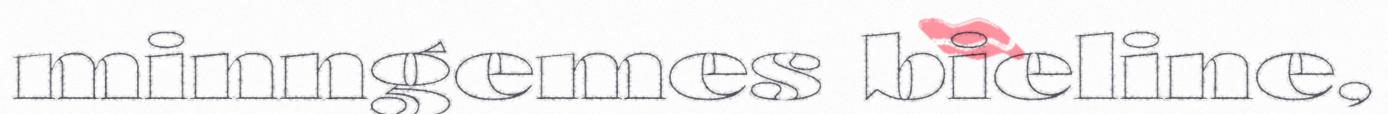
minngemes bieline,